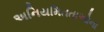
અનિયમિતતાઓના